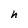
Character: h